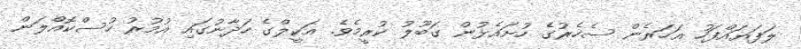
ލަފަޔައްފަހު އަހަރެން ސެހެރުގެ ހުށައެޅުން ގަބޫލު ކުރީމެވެ. އަކީލްގެ ހަދާނުގައި އުމުރު ހުސްކޮއްލަން